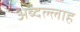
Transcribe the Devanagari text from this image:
अब्दल्लाह